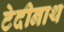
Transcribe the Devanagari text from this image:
टेदीनाथ